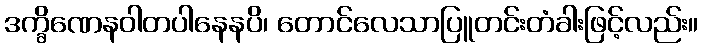
ဒက္ခိဏေနဝါတပါနေနပိ၊ တောင်လေသာပြူတင်းတံခါးဖြင့်လည်း။